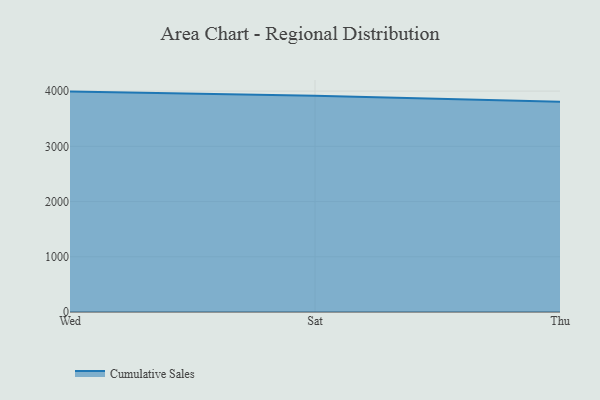
{"axis": {"x": "Day", "y": "Gross Profit (USD K)"}, "legend": ["Cumulative Sales"], "data": [{"x": "Wed", "y": 3991.3, "type": "Cumulative Sales"}, {"x": "Sat", "y": 3915.8, "type": "Cumulative Sales"}, {"x": "Thu", "y": 3805.7, "type": "Cumulative Sales"}]}